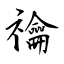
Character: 禴